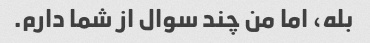
بله، اما من چند سوال از شما دارم.